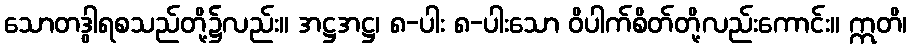
သောတဒွါရစသည်တို့၌လည်း။ အဋ္ဌအဋ္ဌ၊ ၈-ပါး ၈-ပါးသော ဝိပါက်စိတ်တို့လည်းကောင်း။ ဣတိ၊